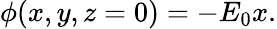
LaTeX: \begin{array}{r}{\phi(x,y,z=0)=-E_{0}x.}\end{array}